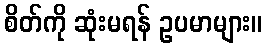
စိတ်ကို ဆုံးမရန် ဥပမာများ။